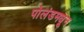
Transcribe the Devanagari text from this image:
पोलंडमधून